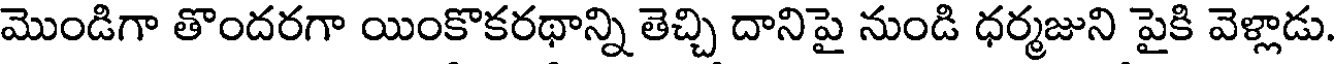
మొండిగా తొందరగా యింకొకరథాన్ని తెచ్చి దానిపై నుండి ధర్మజుని పైకి వెళ్లాడు.